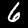
Digit: 6